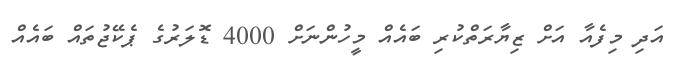
އަދި މިފެއާ އަށް ޒިޔާރަތްކުރި ބައެއް މީހުންނަށް 4000 ޑޮލަރުގެ ޕެކޭޖުތައް ބައެއް